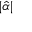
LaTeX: | { \hat { \alpha } } |